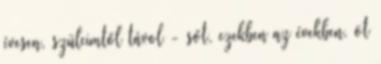
évesen, szüleimtől távol - sőt, ezekben az években, öt